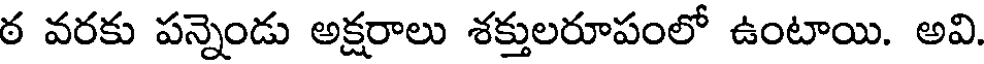
ఠ వరకు పన్నెండు అక్షరాలు శక్తులరూపంలో ఉంటాయి. అవి